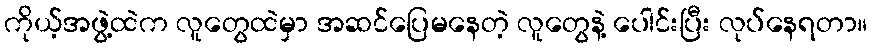
ကိုယ့်အဖွဲ့ထဲက လူတွေထဲမှာ အဆင်ပြေမနေတဲ့ လူတွေနဲ့ ပေါင်းပြီး လုပ်နေရတာ။